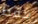
فقط